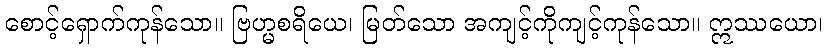
စောင့်ရှောက်ကုန်သော။ ဗြဟ္မစရိယေ၊ မြတ်သော အကျင့်ကိုကျင့်ကုန်သော။ ဣဿယော၊